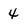
Character: 4